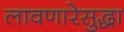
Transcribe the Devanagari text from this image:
लावणारेसुद्धा